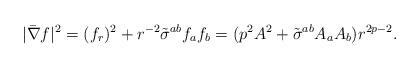
LaTeX: \begin{align*}|\bar{\nabla} f|^2=(f_r)^2+r^{-2}\tilde{\sigma}^{ab} f_a f_b=(p^2 A^2+\tilde{\sigma}^{ab} A_a A_b)r^{2p-2}.\end{align*}